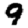
Digit: 9